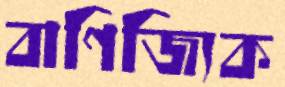
বাণিজ্যিক